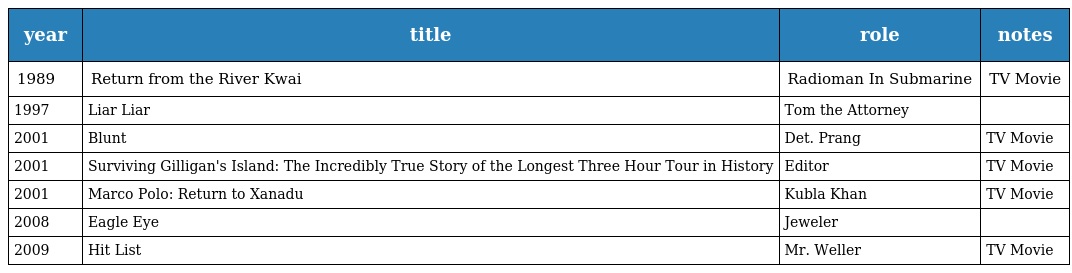
| year | title | role | notes |
 | --- | --- | --- | --- |
 | 1989 | Return from the River Kwai | Radioman In Submarine | TV Movie |
 | 1997 | Liar Liar | Tom the Attorney |  |
 | 2001 | Blunt | Det. Prang | TV Movie |
 | 2001 | Surviving Gilligan's Island: The Incredibly True Story of the Longest Three Hour Tour in History | Editor | TV Movie |
 | 2001 | Marco Polo: Return to Xanadu | Kubla Khan | TV Movie |
 | 2008 | Eagle Eye | Jeweler |  |
 | 2009 | Hit List | Mr. Weller | TV Movie |